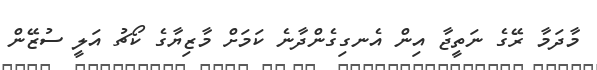
މާދަމާ ރޭގެ ނަތީޖާ އިން އެނގިގެންދާނެ ކަމަށް މާޒިޔާގެ ކޯޗު އަލީ ސުޒޭން